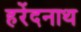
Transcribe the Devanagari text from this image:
हरेंदनाथ